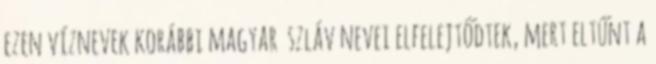
ezen víznevek korábbi magyar szláv nevei elfelejtődtek, mert eltűnt a